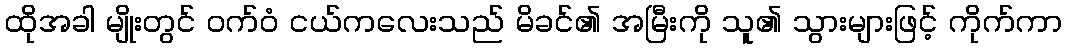
ထိုအခါ မျိုးတွင် ဝက်ဝံ ငယ်ကလေးသည် မိခင်၏ အမြီးကို သူ၏ သွားများဖြင့် ကိုက်ကာ